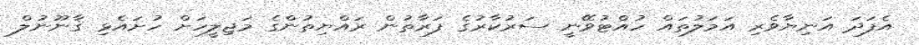
އެފަދަ އަނިޔާވެރި އަމަލުތައް ހުއްޓުވޭނީ ސަރުކާރުގެ ފަރާތުން ރައްޔިތުންގެ މަޖިލީހަށް ހުށައެޅި ޤާނޫނުލް